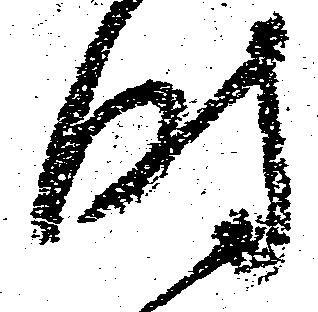
時